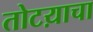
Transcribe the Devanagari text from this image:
तोटय़ाचा